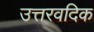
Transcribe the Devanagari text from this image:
उत्तरवदिक